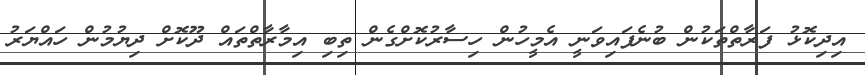
އިދިކޮޅު ފަރާތްތަކުން ބުނެފައިވަނީ އެމީހުން ހިސާރުކޮށްގެން ތިބި އިމާރާތްތައް ދޫކޮށް ދިޔުމުން ހައްޔަރު